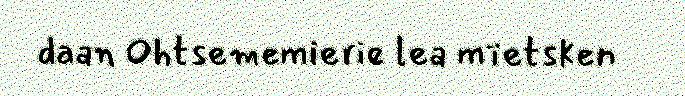
daan Ohtsememierie lea mïetsken